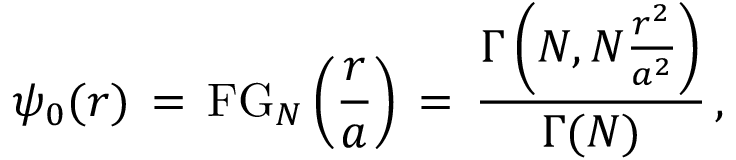
\begin{array} { l } { \displaystyle \psi _ { 0 } ( \boldsymbol { r } ) \, = \, \mathrm { F G } _ { N } \left( \frac { r } { a } \right) \, = \, \frac { \Gamma \left( N , N \frac { r ^ { 2 } } { a ^ { 2 } } \right) } { \Gamma ( N ) } \, , } \end{array}